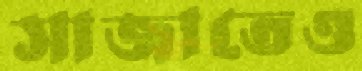
সাজাতেও